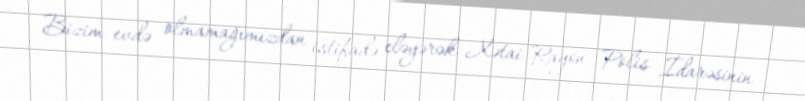
Bizim evdə olmamağımızdan istifadə eləyərək Xətai Rayon Polis İdarəsinin